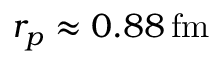
r _ { p } \approx 0 . 8 8 \, \mathrm { f m }